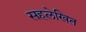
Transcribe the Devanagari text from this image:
सहलेखित